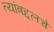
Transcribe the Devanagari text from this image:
त्यांबद्दलचे